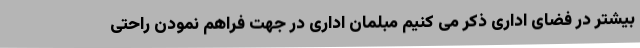
بیشتر در فضای اداری ذکر می کنیم مبلمان اداری در جهت فراهم نمودن راحتی